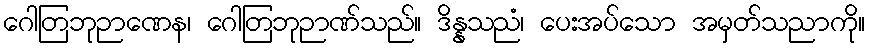
ဂေါတြဘုဉာဏေန၊ ဂေါတြဘုဉာဏ်သည်။ ဒိန္နသညံ၊ ပေးအပ်သော အမှတ်သညာကို။